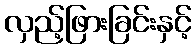
လှည့်ဖြားခြင်းနှင့်